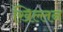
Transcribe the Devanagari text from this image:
खिल्लन